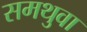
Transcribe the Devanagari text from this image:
समथुवा